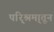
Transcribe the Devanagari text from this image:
परि्श्रमा्तून